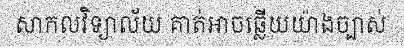
សាកលវិទ្យាល័យ គាត់អាចឆ្លើយយ៉ាងច្បាស់